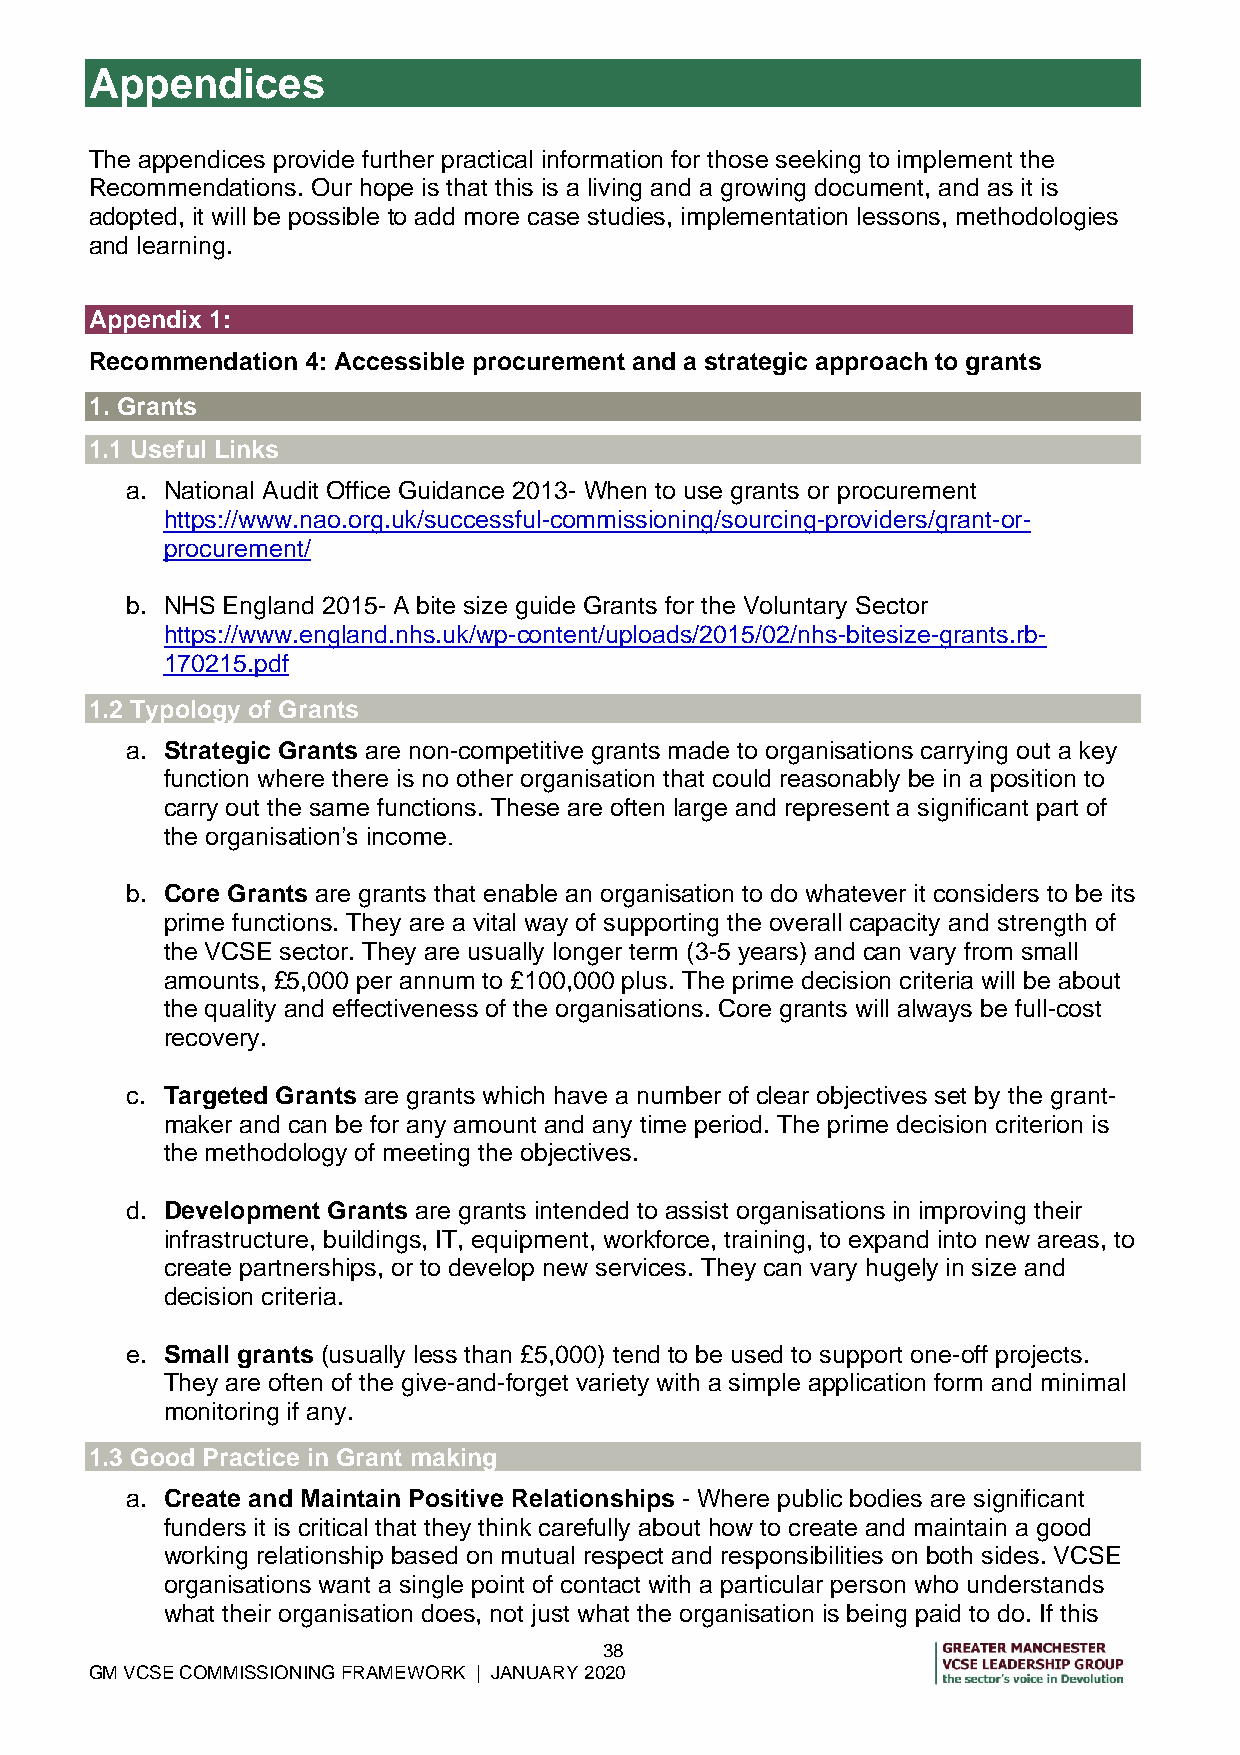
Appendices
 The appendices provide further practical information for those seeking to implement the
 Recommendations. Our hope is that this is a living and a growing document, and as it is
 adopted, it will be possible to add more case studies, implementation lessons, methodologies
 and learning.
 Appendix 1:
 Recommendation 4: Accessible procurement and a strategic approach to grants
 1. Grants
 1.1 Useful Links
 a. National Audit Office Guidance 2013- When to use grants or procurement
 https://www.nao.org.uk/successful-commissioning/sourcing-providers/grant-or-
 procurement/
 b. NHS England 2015- A bite size guide Grants for the Voluntary Sector
 https://www.england.nhs.uk/wp-content/uploads/2015/02/nhs-bitesize-grants.rb-
 170215.pdf
 1.2 Typology of Grants
 a. Strategic Grants are non-competitive grants made to organisations carrying out a key
 function where there is no other organisation that could reasonably be in a position to
 carry out the same functions. These are often large and represent a significant part of
 the organisation’s income.
 b. Core Grants are grants that enable an organisation to do whatever it considers to be its
 prime functions. They are a vital way of supporting the overall capacity and strength of
 the VCSE sector. They are usually longer term (3-5 years) and can vary from small
 amounts, £5,000 per annum to £100,000 plus. The prime decision criteria will be about
 the quality and effectiveness of the organisations. Core grants will always be full-cost
 recovery.
 c. Targeted Grants are grants which have a number of clear objectives set by the grant-
 maker and can be for any amount and any time period. The prime decision criterion is
 the methodology of meeting the objectives.
 d. Development Grants are grants intended to assist organisations in improving their
 infrastructure, buildings, IT, equipment, workforce, training, to expand into new areas, to
 create partnerships, or to develop new services. They can vary hugely in size and
 decision criteria.
 e. Small grants (usually less than £5,000) tend to be used to support one-off projects.
 They are often of the give-and-forget variety with a simple application form and minimal
 monitoring if any.
 1.3 Good Practice in Grant making
 a. Create and Maintain Positive Relationships - Where public bodies are significant
 funders it is critical that they think carefully about how to create and maintain a good
 working relationship based on mutual respect and responsibilities on both sides. VCSE
 organisations want a single point of contact with a particular person who understands
 what their organisation does, not just what the organisation is being paid to do. If this
 38
 GM VCSE COMMISSIONING FRAMEWORK | JANUARY 2020